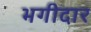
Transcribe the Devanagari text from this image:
भगीदार